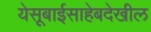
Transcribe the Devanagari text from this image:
येसूबाईसाहेबदेखील